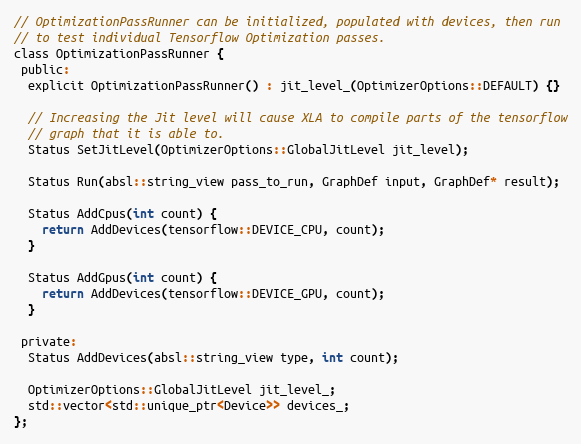
Language: C
// OptimizationPassRunner can be initialized, populated with devices, then run
// to test individual Tensorflow Optimization passes.
class OptimizationPassRunner {
 public:
  explicit OptimizationPassRunner() : jit_level_(OptimizerOptions::DEFAULT) {}

  // Increasing the Jit level will cause XLA to compile parts of the tensorflow
  // graph that it is able to.
  Status SetJitLevel(OptimizerOptions::GlobalJitLevel jit_level);

  Status Run(absl::string_view pass_to_run, GraphDef input, GraphDef* result);

  Status AddCpus(int count) {
    return AddDevices(tensorflow::DEVICE_CPU, count);
  }

  Status AddGpus(int count) {
    return AddDevices(tensorflow::DEVICE_GPU, count);
  }

 private:
  Status AddDevices(absl::string_view type, int count);

  OptimizerOptions::GlobalJitLevel jit_level_;
  std::vector<std::unique_ptr<Device>> devices_;
};